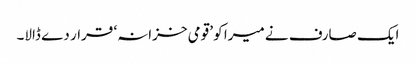
ایک صارف نے میرا کو ’قومی خزانہ‘ قرار دے ڈالا۔